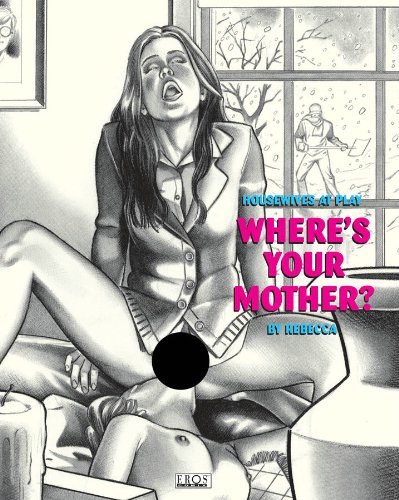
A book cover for Housewives At Play: Where's Your Mother?; Rebecca; Comics & Graphic Novels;